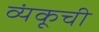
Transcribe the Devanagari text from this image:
व्यंकूची